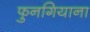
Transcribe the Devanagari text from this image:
फुनगियाना